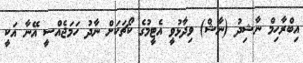
އިބްރާހިމް ނާޝިދު (ނާޝް) ވިދާޅުވީ އެޓީމުގެ ކޯޗަކަށް ނާދު ހަމަޖެއްސީ އޭނާ އަކީ